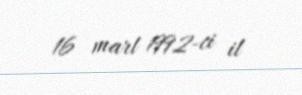
16 mart 1992-ci il